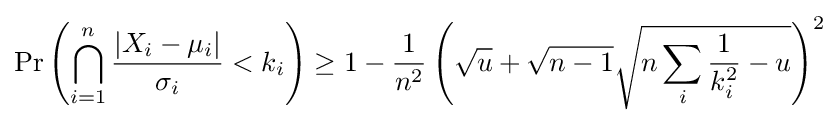
\Pr \left(\bigcap _{i=1}^{n}{\frac {|X_{i}-\mu _{i}|}{\sigma _{i}}}<k_{i}\right)\geq 1-{\frac {1}{n^{2}}}\left({\sqrt {u}}+{\sqrt {n-1}}{\sqrt {n\sum _{i}{\frac {1}{k_{i}^{2}}}-u}}\right)^{2}